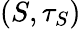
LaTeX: (S,\tau_{S})